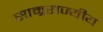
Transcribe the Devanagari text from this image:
साम्रराज्यीय